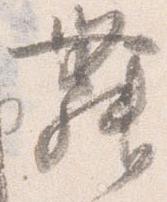
舞